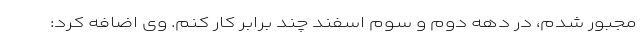
مجبور شدم، در دهه دوم و سوم اسفند چند برابر کار کنم. وی اضافه کرد: